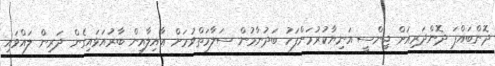
ދޮންބައްޕަ ދޮންދަރިއަށް ޖިންސީ އަނިޔާކުރުމަށްފަހު ބަދުނާމުން ސަލާމަތްވުމަށް ޢާއިލާއިން ބާރުއަޅައިގެން ދަރިން ލައްވައި